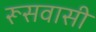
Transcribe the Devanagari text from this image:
रूसवासी